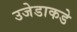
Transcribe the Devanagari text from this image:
उजेडाकडे